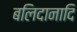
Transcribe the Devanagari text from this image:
बलिदानादि